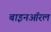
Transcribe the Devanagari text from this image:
बाइनऑरल